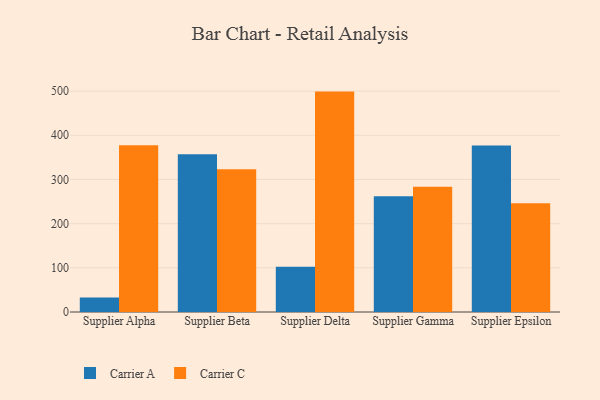
{"axis": {"x": "Supplier", "y": "Gross Profit (USD K)"}, "legend": ["Carrier A", "Carrier C"], "data": [{"x": "Supplier Alpha", "y": 32.7, "type": "Carrier A"}, {"x": "Supplier Alpha", "y": 377.7, "type": "Carrier C"}, {"x": "Supplier Beta", "y": 357.3, "type": "Carrier A"}, {"x": "Supplier Beta", "y": 323.4, "type": "Carrier C"}, {"x": "Supplier Delta", "y": 102.2, "type": "Carrier A"}, {"x": "Supplier Delta", "y": 498.9, "type": "Carrier C"}, {"x": "Supplier Gamma", "y": 261.9, "type": "Carrier A"}, {"x": "Supplier Gamma", "y": 283.7, "type": "Carrier C"}, {"x": "Supplier Epsilon", "y": 377.1, "type": "Carrier A"}, {"x": "Supplier Epsilon", "y": 246.0, "type": "Carrier C"}]}